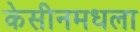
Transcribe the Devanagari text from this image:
केसीनमधला